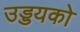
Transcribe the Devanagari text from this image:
उड्डयको